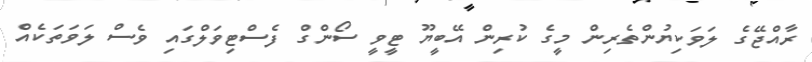
ރާއްޖޭގެ ލަވަކިޔުންތެރިން މީގެ ކުރިން އޭބީޔޫ ޓީވީ ސޯންގް ފެސްޓިވަލްގައި ވެސް ލަވަތަކެއް